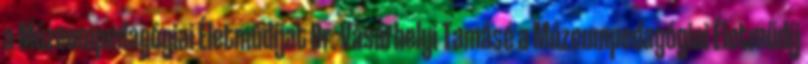
a Múzeumpedagógiai Életműdíjat Dr. Vásárhelyi Tamásé a Múzeumpedagógiai Életműdíj